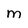
Character: M